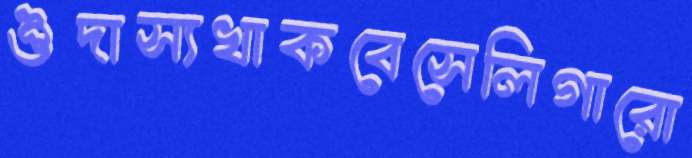
ঔদাস্যখাকবেসেলিগারো